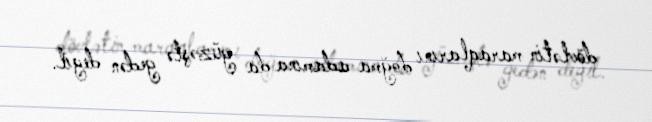
dövlətin maraqlarını doğma adamına da güzəştə gedən deyil.